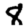
Digit: 8